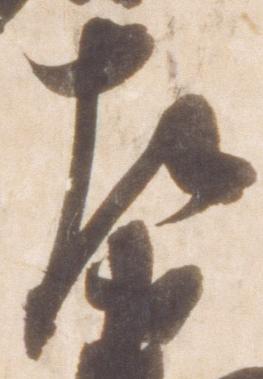
左